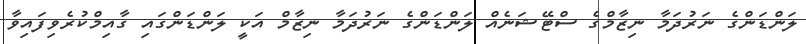
ލަންޑަންގެ ނަރުދަމާ ނިޒާމްގެ ސްޓޭޝަނެއް ލަންޑަންގެ ނަރުދަމާ ނިޒާމް އަކީ ލަންޑަންގައި ގާއިމްކުރެވިފައިވާ